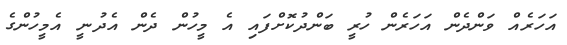
އަހަރެއް ވަންދެން އަހަރެން ހުރީ ބަންދުކޮށްފައި އެ މީހުން ދެން އެދުނީ އެމީހުންގެ